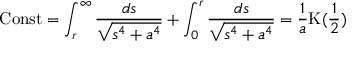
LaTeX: \mathrm { { C o n s t } } = \int _ { r } ^ { \infty } { \frac { d s } { \sqrt { s ^ { 4 } + a ^ { 4 } } } } + \int _ { 0 } ^ { r } { \frac { d s } { \sqrt { s ^ { 4 } + a ^ { 4 } } } } = \frac { 1 } { a } \mathrm { K } ( \frac { 1 } { 2 } )